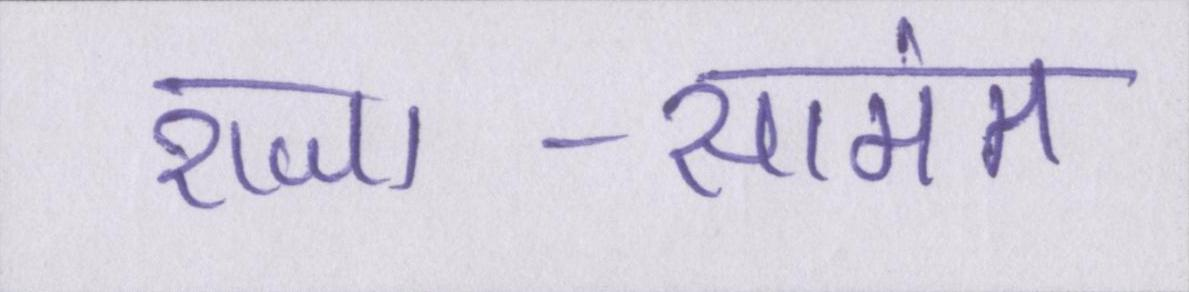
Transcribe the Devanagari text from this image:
राजा-सामंत